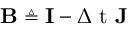
\mathbf { B } \triangleq \mathbf { I } - \ensuremath { \Delta \mathrm { ~ t ~ } } \mathbf { J }